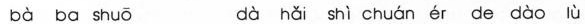
bà ba shuō dà hǎi shì chuán ér de dào lù